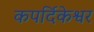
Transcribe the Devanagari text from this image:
कपर्दिकेश्वर